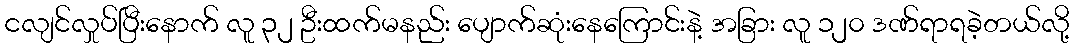
ငလျင်လှုပ်ပြီးနောက် လူ ၃၂ ဦးထက်မနည်း ပျောက်ဆုံးနေကြောင်းနဲ့ အခြား လူ ၁၂၀ ဒဏ်ရာရခဲ့တယ်လို့